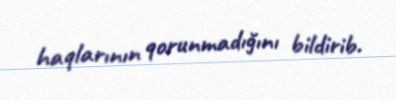
haqlarının qorunmadığını bildirib.